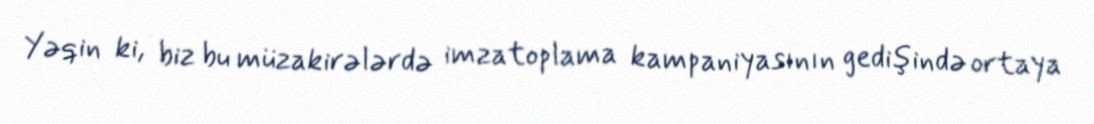
Yəqin ki, biz bu müzakirələrdə imzatoplama kampaniyasının gedişində ortaya